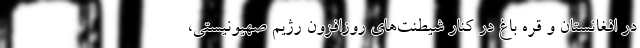
در افغانستان و قره باغ در کنار شیطنت‌های روزافزون رژیم صهیونیستی،